Jaan_Tonisson_(Lasteleht), lk 186
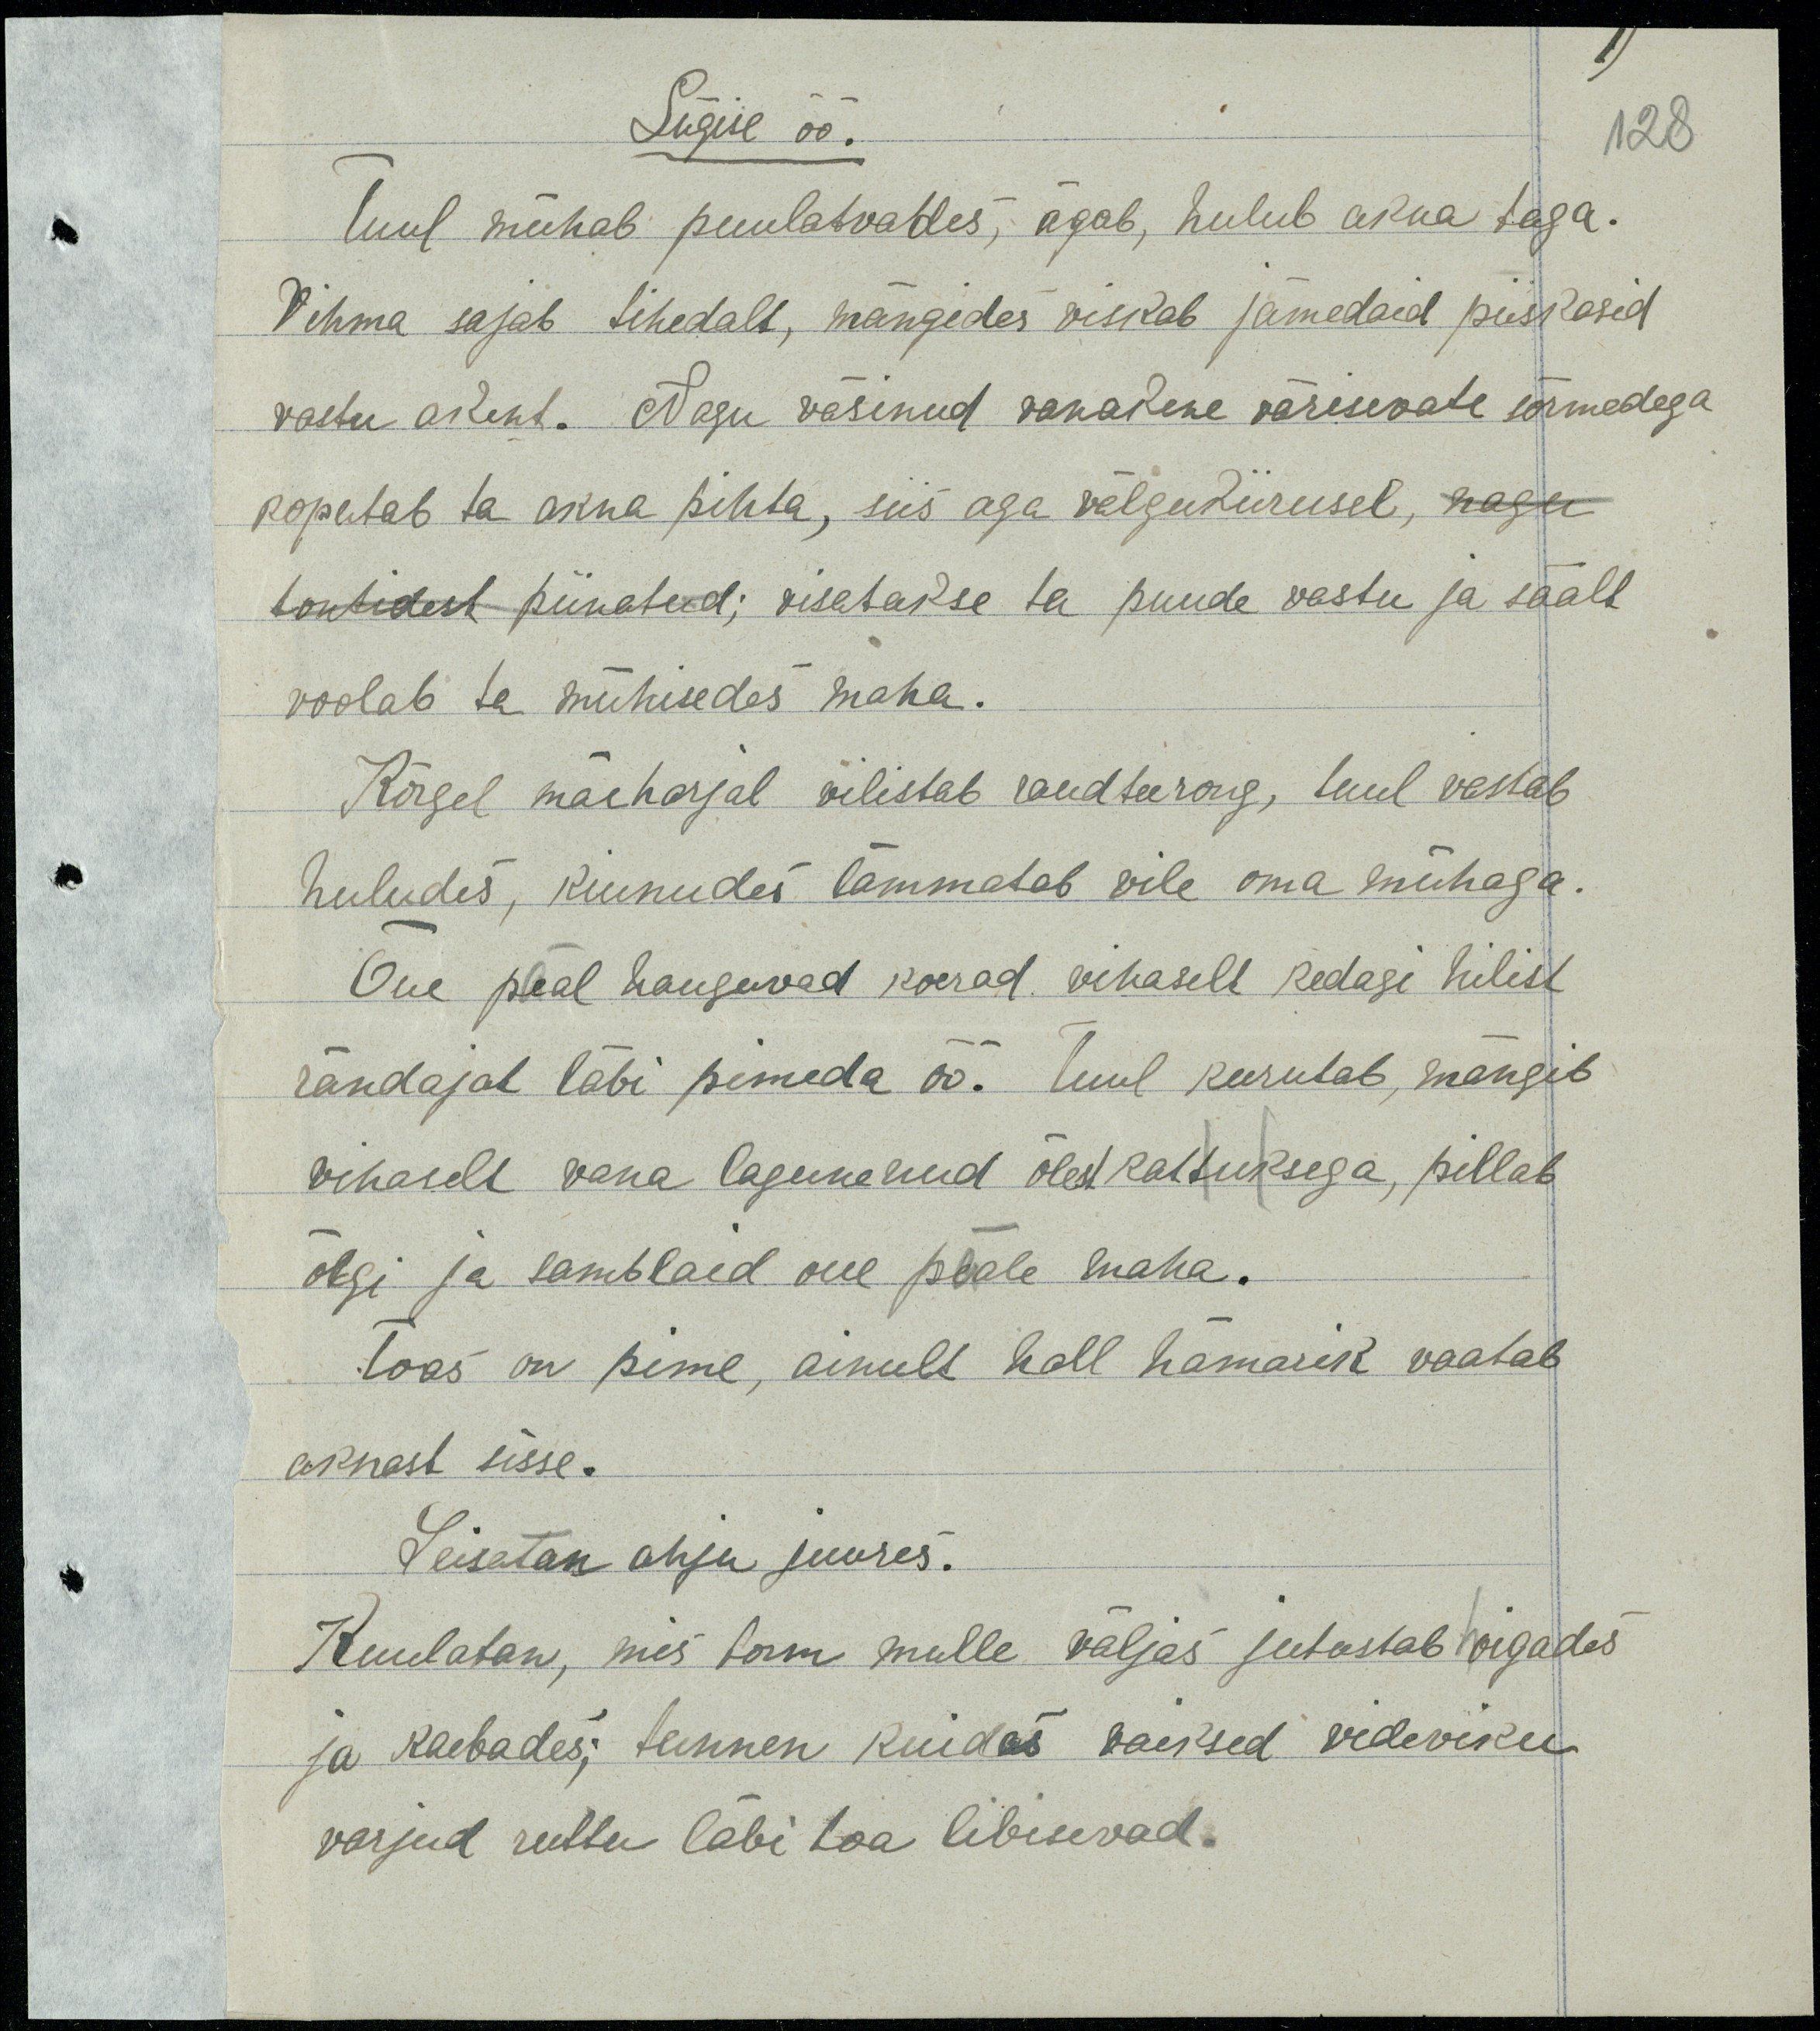
Sügise öö
Tuul mühab puulatvades, ägab, hulub akna taga
Vihma sajab tihedalt, mängides viskab jämedaid piiskasid
vastu akent. Nagu väsinud vanakene värisevate sõrmedega
koputab ta akna pihta, siis aga välgukiirusel, nagu
kontidest piinatud; visatakse ta puude vastu ja säält
voolab ta mühisedes maha.
Kõrgel mäeharjal vilistab raudteerong, tuul vastab
huludes, kiunudes lämmatab vile oma mühaga.
Õue peal hauguvad koerad vihaselt kedagi hilist
rändajat läbi pimeda öö. Tuul keerutab, mängib
vihaselt vana lagunenud õlest kaltuksega, pillab
õlgi ja samblaid oue peale maha.
Toas on pime, ainult hall hämarik vaatab
aknast sisse.
Seisatan ahju juures.
Kuulatan, mis torm mulle väljas jutustab hoigades
ja kaebades; tunnen kuidas vaiksed videviku 
varjud ruttu läbi toa libisevad.